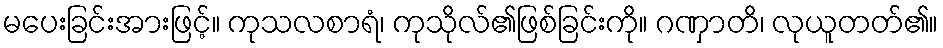
မပေးခြင်းအားဖြင့်။ ကုသလစာရံ၊ ကုသိုလ်၏ဖြစ်ခြင်းကို။ ဂဏှာတိ၊ လုယူတတ်၏။